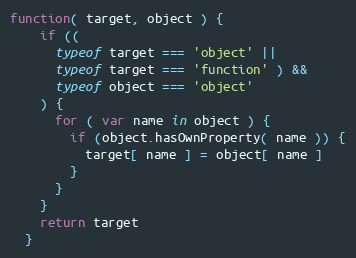
Language: JavaScript
function( target, object ) {
    if ((
      typeof target === 'object' ||
      typeof target === 'function' ) &&
      typeof object === 'object'
    ) {
      for ( var name in object ) {
        if (object.hasOwnProperty( name )) {
          target[ name ] = object[ name ]
        }
      }
    }
    return target
  }